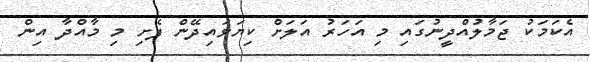
އެކަމަކު ޖަމާލުއްދީނުގައި މި އަހަރު އަލަށް ކިޔަވައިދޭން ފެށި މި މާއްދާ އިން